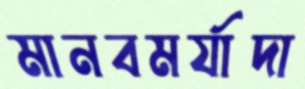
মানবমর্যাদা